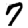
Digit: 7